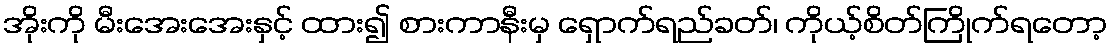
အိုးကို မီးအေးအေးနှင့် ထား၍ စားကာနီးမှ ရှောက်ရည်ခတ်၊ ကိုယ့်စိတ်ကြိုက်ရတော့